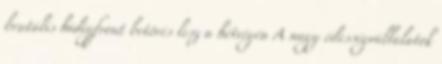
brutális hidegfront betörés lesz a hétvégén A nagy édességvállalatok